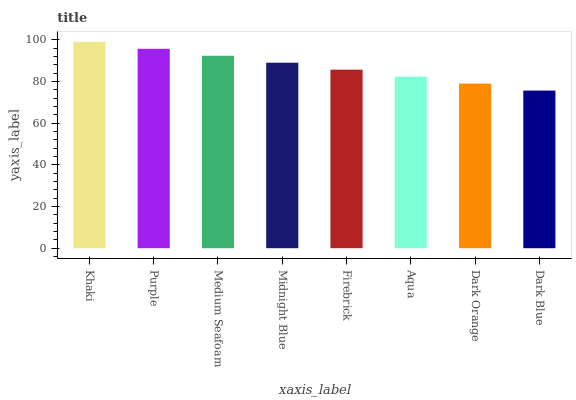
| xaxis_label | bars |
 | --- | --- |
 | Khaki | 99 |
 | Purple | 95.7 |
 | Medium Seafoam | 92.3 |
 | Midnight Blue | 89 |
 | Firebrick | 85.6 |
 | Aqua | 82.3 |
 | Dark Orange | 79 |
 | Dark Blue | 75.6 |